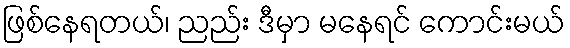
ဖြစ်နေရတယ်၊ ညည်း ဒီမှာ မနေရင် ကောင်းမယ်